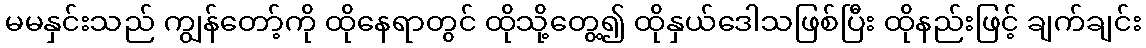
မမနှင်းသည် ကျွန်တော့်ကို ထိုနေရာတွင် ထိုသို့တွေ့၍ ထိုနှယ်ဒေါသဖြစ်ပြီး ထိုနည်းဖြင့် ချက်ချင်း